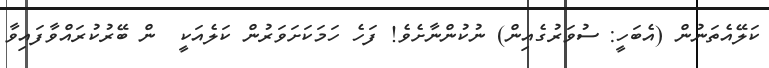
ކަލޭއެތަނުން (އެބަހީ: ސުވަރުގެއިން) ނުކުންނާށެވެ! ފަހެ ހަމަކަށަވަރުން ކަލެއަކީ  ން ބޭރުކުރައްވާފައިވާ